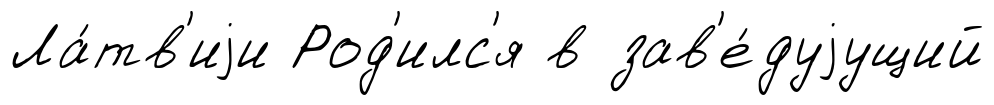
Ла́тв'иjи Род'илс'я в зав'е́дуjущий